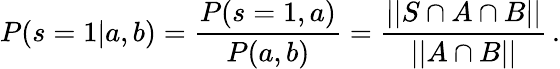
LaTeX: P(s=1|a,b)=\frac{P(s=1,a)}{P(a,b)}=\frac{||S\cap A\cap B||}{||A\cap B||}\, .